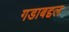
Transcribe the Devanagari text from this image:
गडाबद्दल